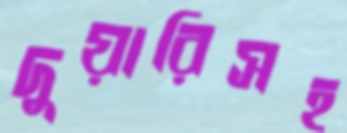
দুয়ারিসহ